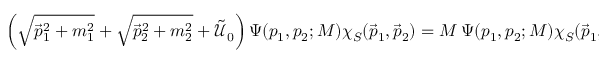
\left( \sqrt { \vec { p } _ { 1 } ^ { 2 } + m _ { 1 } ^ { 2 } } + \sqrt { \vec { p } _ { 2 } ^ { 2 } + m _ { 2 } ^ { 2 } } + \tilde { \mathcal U } _ { 0 } \right) \Psi ( p _ { 1 } , p _ { 2 } ; M ) \chi _ { S } ( \vec { p } _ { 1 } , \vec { p } _ { 2 } ) = M ~ \Psi ( p _ { 1 } , p _ { 2 } ; M ) \chi _ { S } ( \vec { p } _ { 1 } , \vec { p } _ { 2 } )